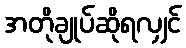
အတိုချုပ်ဆိုရလျှင်